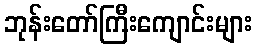
ဘုန်းတော်ကြီးကျောင်းများ